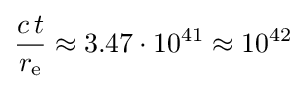
{\frac {c\,t}{r_{\text{e}}}}\approx 3.47\cdot 10^{41}\approx 10^{42}